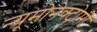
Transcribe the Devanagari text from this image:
न्यूमोनेक्टोमी